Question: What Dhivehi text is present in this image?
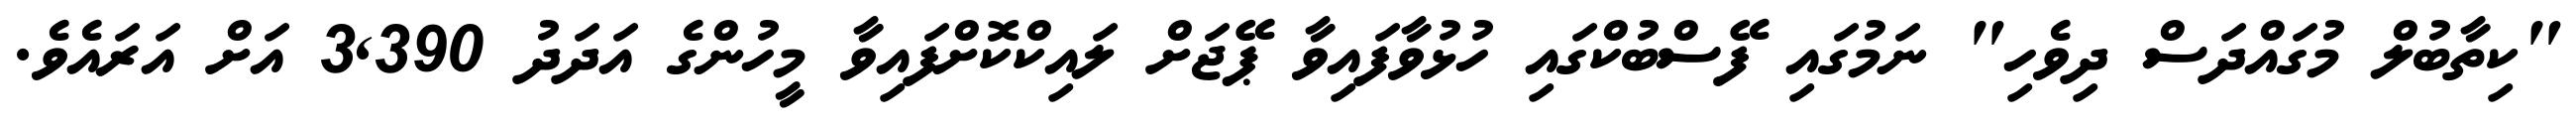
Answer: "ކިތާބުލް މުގައްދަސް ދިވެހި" ނަމުގައި ފޭސްބުކްގައި ހުޅުވާފައިވާ ޕޭޖަށް ލައިކްކޮށްފައިވާ މީހުންގެ އަދަދު 3,390 އަށް އަރައެވެ.